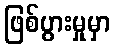
ဖြစ်ပွားမှုမှာ